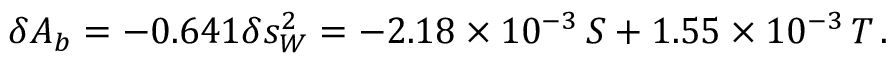
\delta A _ { b } = - 0 . 6 4 1 \delta s _ { W } ^ { 2 } = - 2 . 1 8 \times 1 0 ^ { - 3 } \, S + 1 . 5 5 \times 1 0 ^ { - 3 } \, T \, .